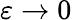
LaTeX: \varepsilon\to 0